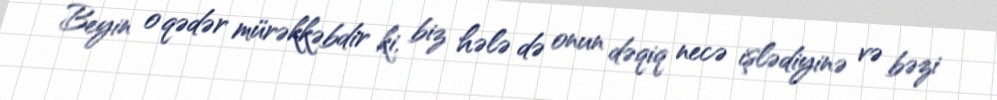
Beyin o qədər mürəkkəbdir ki, biz hələ də onun dəqiq necə işlədiyinə və bəzi